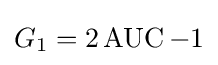
G_{1}=2\operatorname {AUC} -1